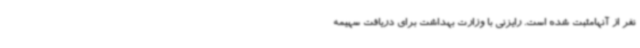
نفر از آنهامثبت شده است. رایزنی با وزارت بهداشت برای دریافت سهیمه